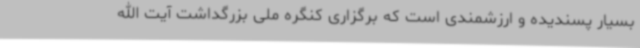
بسیار پسندیده و ارزشمندی است که برگزاری کنگره ملی بزرگداشت آیت الله